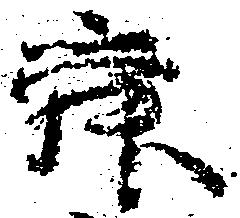
舜